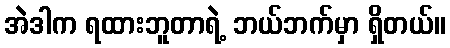
အဲဒါက ရထားဘူတာရဲ့ ဘယ်ဘက်မှာ ရှိတယ်။